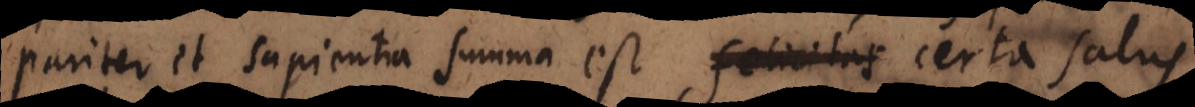
pariter et sapientia summa est, felicitas certa certa